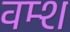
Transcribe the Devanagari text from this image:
वम्श